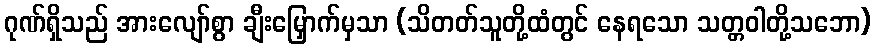
ဂုဏ်ရှိသည် အားလျော်စွာ ချီးမြှောက်မှသာ (သိတတ်သူတို့ထံတွင် နေရသော သတ္တဝါတို့သဘော)